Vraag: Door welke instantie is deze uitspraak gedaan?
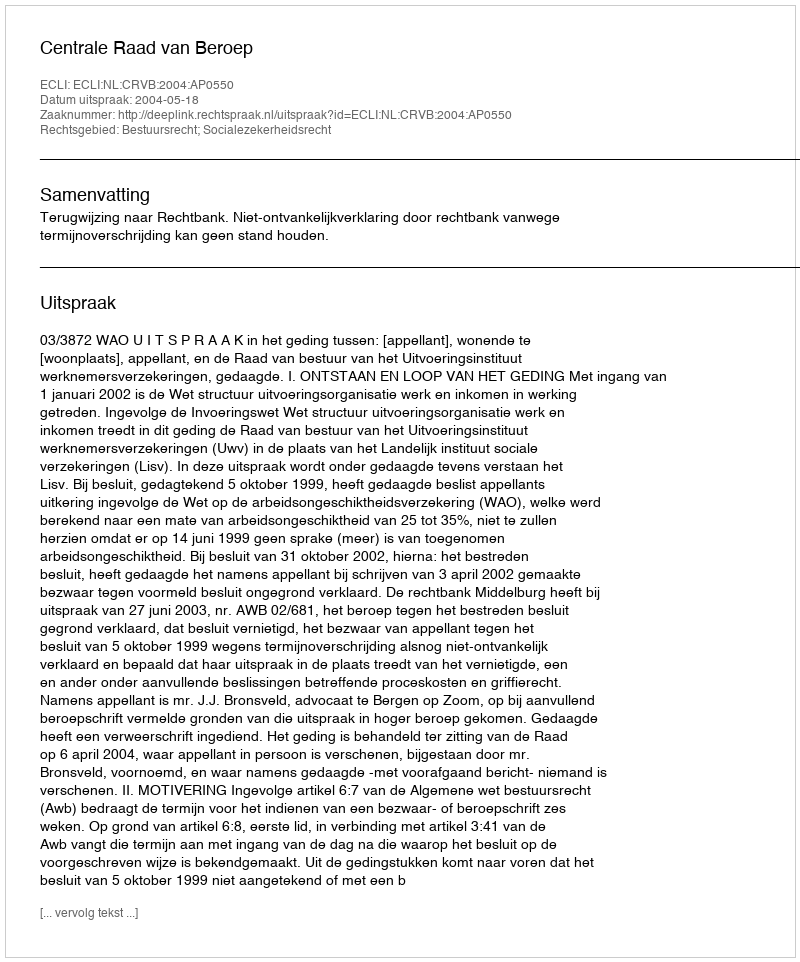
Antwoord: Centrale Raad van Beroep